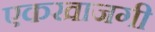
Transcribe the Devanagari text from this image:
एकखाजगी